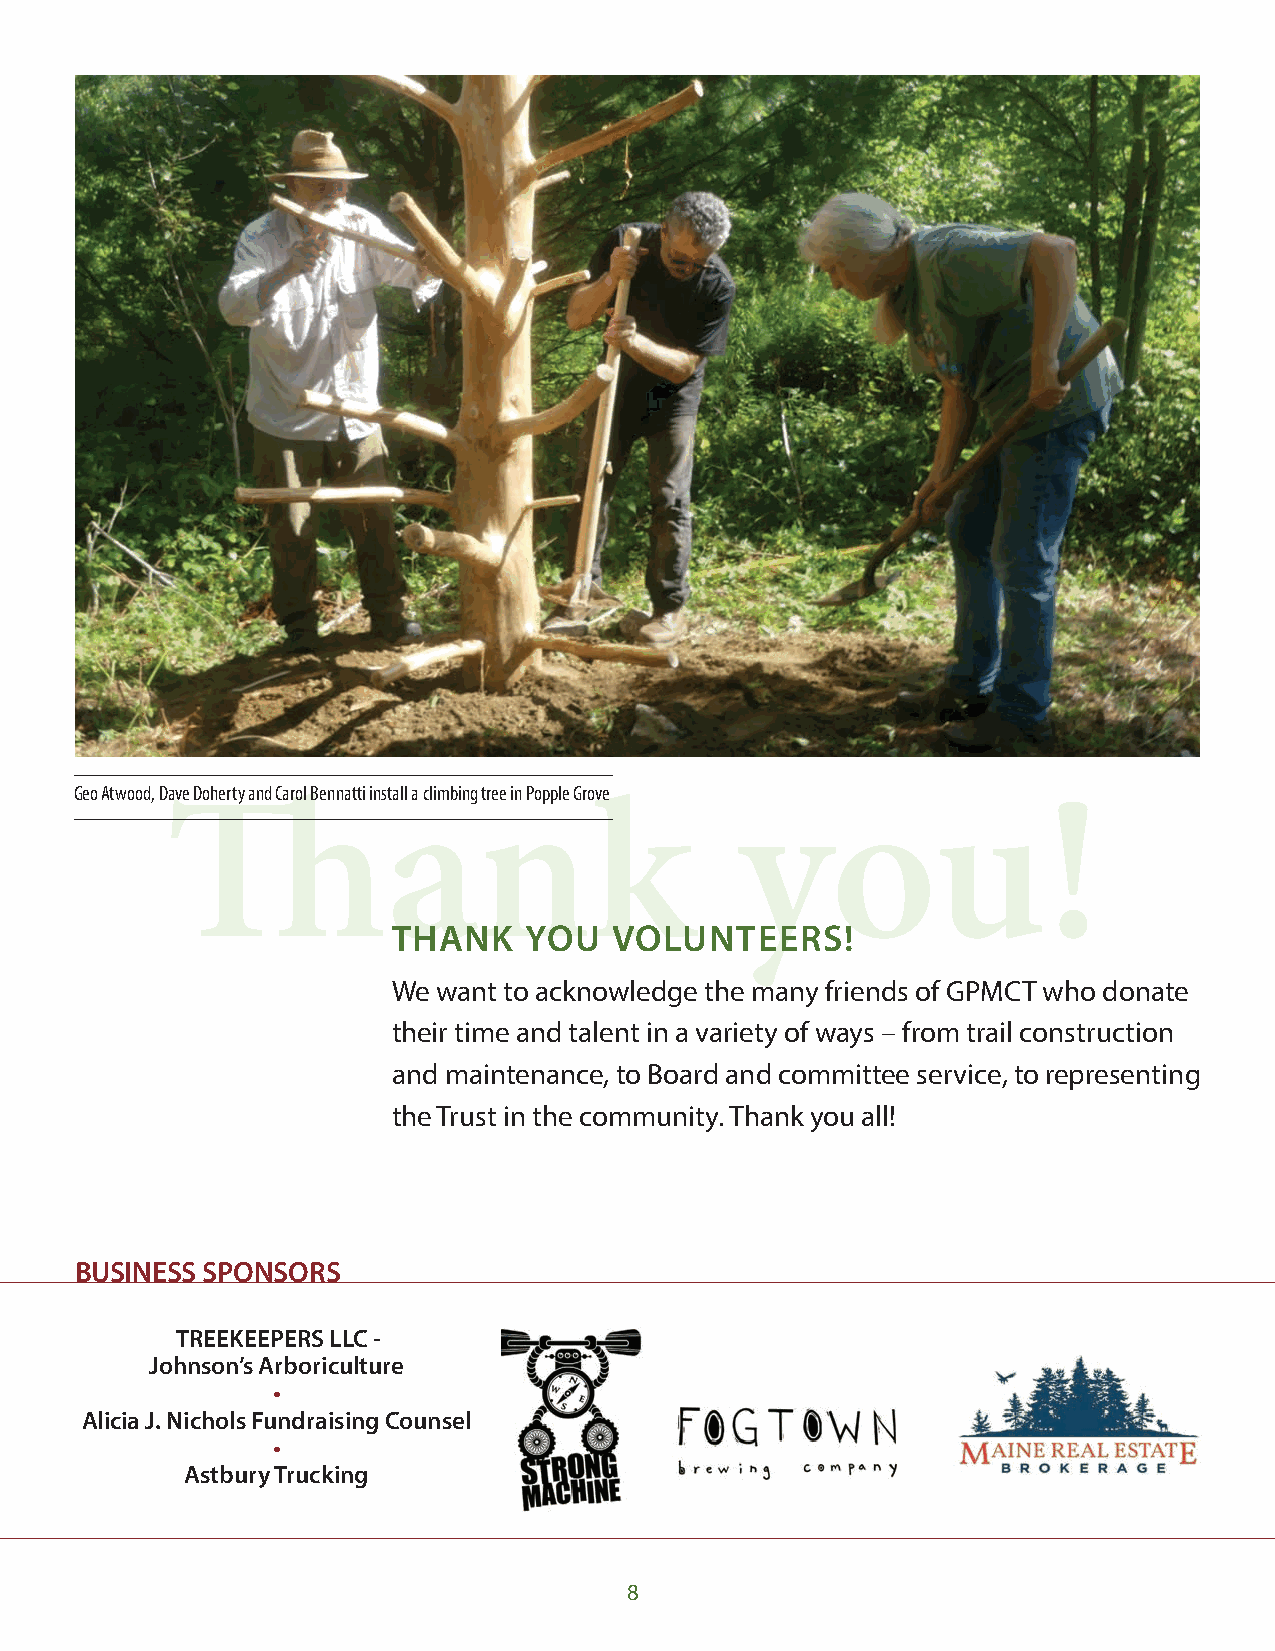
Geo Atwood, Dave Doherty and Carol Bennatti install a climbing tree in Popple Grove
 Thank                                 you!
 THANK    YOU  VOLUNTEERS!
 We want to acknowledge the many friends of GPMCT who donate
 their time and talent in a variety of ways – from trail construction
 and maintenance, to Board and committee service, to representing
 the Trust in the community. Thank you all!
 BUSINESS SPONSORS
 TREEKEEPERS LLC -
 Johnson’s Arboriculture
 •
 Alicia J. Nichols Fundraising Counsel
 •
 Astbury Trucking
 8